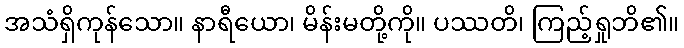
အသံရှိကုန်သော။ နာရီယော၊ မိန်းမတို့ကို။ ပဿတိ၊ ကြည့်ရှုဘိ၏။